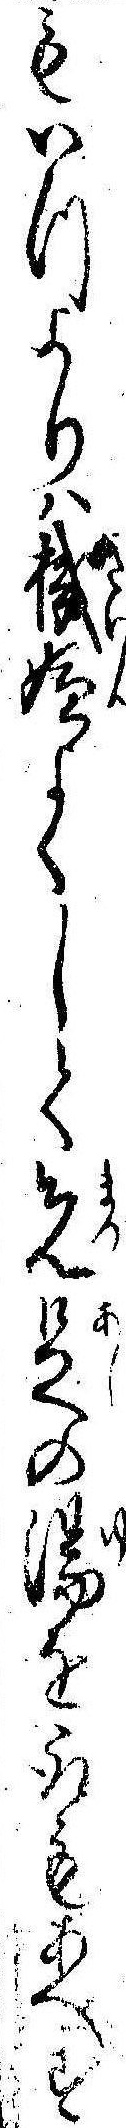
もいつよりは機嫌よくして先足の湯を取もあへず